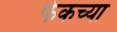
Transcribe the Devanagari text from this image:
फेकच्या